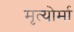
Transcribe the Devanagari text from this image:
मृत्योर्मा